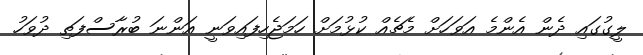
ލީގުގައި ދެން އެންމެ އަވަހަށް މެޗެއް ކުޅުމަށް ހަމަޖެހިފައިވަނީ އަންނަ ބުރާސްފަތި ދުވަހު